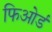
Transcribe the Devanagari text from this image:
फिओर्ड